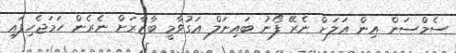
ސެމްސަން އިން އަލަށް ނެރޭ ފޯނު ބައިނަލް އަގުވާމީ ބާޒާރަށް ނެރެން ހަމަޖެހިފައި